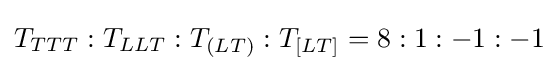
T_{TTT}:T_{LLT}:T_{(LT)}:T_{[LT]}=8:1:-1:-1